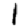
Digit: 1